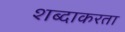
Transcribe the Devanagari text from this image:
शब्दाकरता